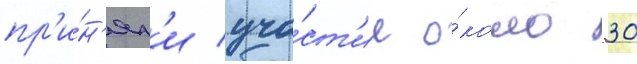
пр'и́н'ял'и уча́ст'ие о́коло 30